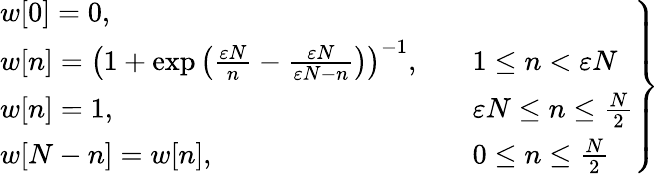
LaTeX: \left.{\begin{array}{lll}{w[0]=0,}\\ {w[n]=\left(1+\exp\left({\frac{\varepsilon N}{n}}-{\frac{\varepsilon N}{\varepsilon N-n}}\right)\right)^{-1},\quad}&{1\leq n<\varepsilon N}\\ {w[n]=1,\quad}&{\varepsilon N\leq n\leq{\frac{N}{2}}}\\ {w[N-n]=w[n],\quad}&{0\leq n\leq{\frac{N}{2}}}\end{array}}\right\}